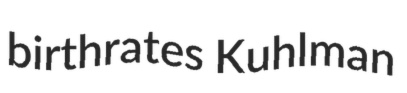
birthrates Kuhlman